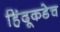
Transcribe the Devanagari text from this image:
हिंदूकडेच